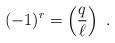
LaTeX: \begin{align*} (-1)^r = \left(\frac{q}{\ell}\right) \ . \end{align*}